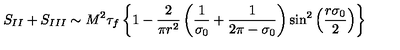
S _ { I I } + S _ { I I I } \sim M ^ { 2 } \tau _ { f } \left\{ 1 - \frac { 2 } { \pi r ^ { 2 } } \left( \frac { 1 } { \sigma _ { 0 } } + \frac { 1 } { 2 \pi - \sigma _ { 0 } } \right) { \sin } ^ { 2 } \left( \frac { r \sigma _ { 0 } } { 2 } \right) \right\}